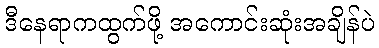
ဒီနေရာကထွက်ဖို့ အကောင်းဆုံးအချိန်ပဲ